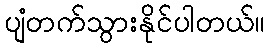
ပျံတက်သွားနိုင်ပါတယ်။